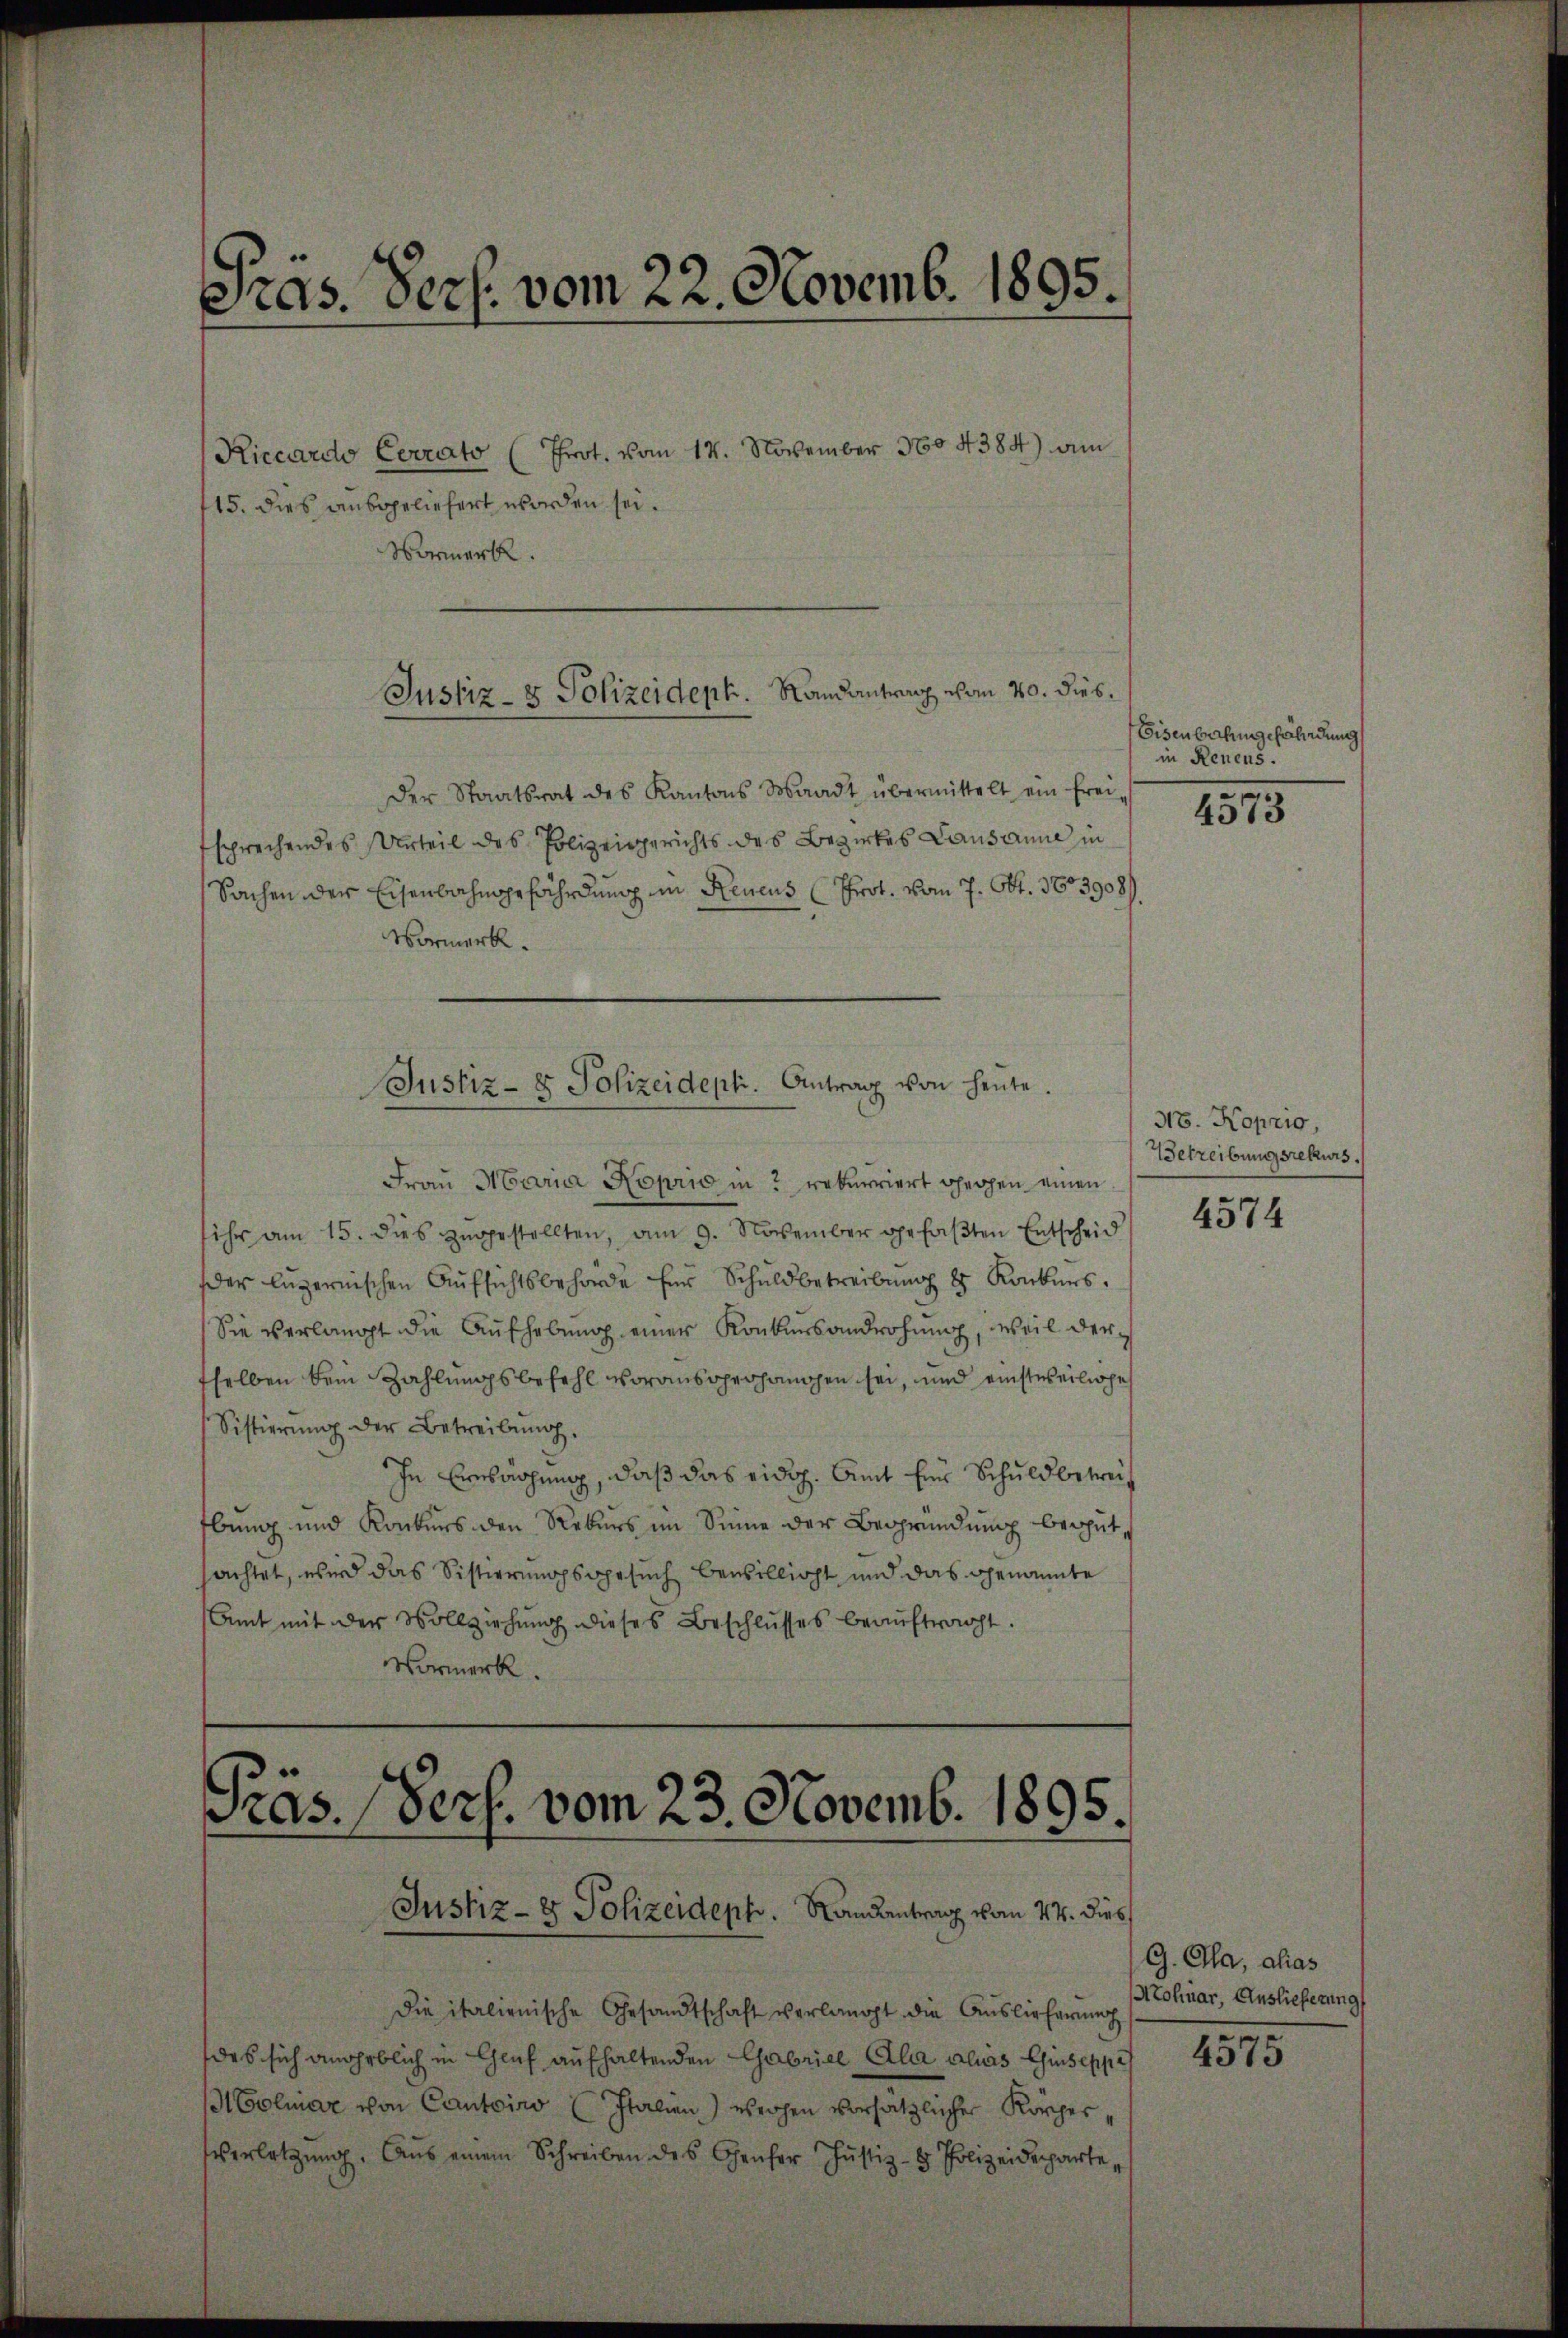
Pras. Verf. vom 22. Novemb. 1895.

Riccardo Cerrato (Prot. vom 14. November 1604384) am
15. dies ausgeliefert worden sei.
Vormerk.

Justiz- & Polizeident. Randantrag von 20. dies.

Justiz- & Polizeidept. Antrag von heŭte.
.

der Staatsrat des Kantons Waadt übermittelt ein frei-
sprechendes Urteil des Polizeigerichts des Bezirkes Lausanne in
Sachen der Eisenbahngefährdung in Reucus Prot. vom 7. Okt. 1603908/
Vormerk.
Fraŭ Maria Koprio in 2 rekurriert gegen einen
sihr am 15. dies zugestellten, am 9. November gefaβten Entscheid
der luzernischen Aŭfsichtsbehörde für Schuldbetreibŭng 8 Konkurs.
Sie verlangt die Aŭfhebŭng einer Konkursandrohŭng, weil der
tselben kein Zahlungsbefehl voransprochanischen sei, und einstweiliche
Sistierŭng der Betreibŭng.
In Einschung, daß das eidg. Amt Ein Schuldbetreibung und Konkurs den Rebers im Sinne der Begründung begutachtet, wird das Sistierungsgesuch bewillicht und das genannte
Amt mit der Vollziehung dieses Beschlusses beaŭftragt.
Vormerk.

Präs. (Pers. vom 23. Novemb. 1895.

Eisenbahngefährdung
in Renens.

Justiz- & Polizeideph. Landantrag vom 24. dies
die italienische Gesandtschaft verlangt die Auslieferung
das sich angeblich in Gluf aufhaltenden Gabriel Alia alias Giuseppe
MColmar von Cantoirs Italien) wegen vorsätzlicher Körperverletzŭng. Aŭs einem Schreiben des Genfer Justiz- & Polizeideparte,

4573

38. Koprio,
Betreibungsrekurs.

4574

G. Cla, alias
Mohnar, Auslieferung
4575